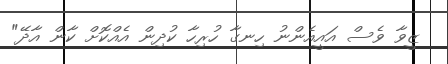
ޒީވާ ވެސް އައީއެންނު ހިނގާ ހުރިހާ ކުދިން އެއްކޮށް ކާން އާދޭ"